65_HS1-834228961_62-HQ-83894_Section_5
Agency: FBI
Page 151
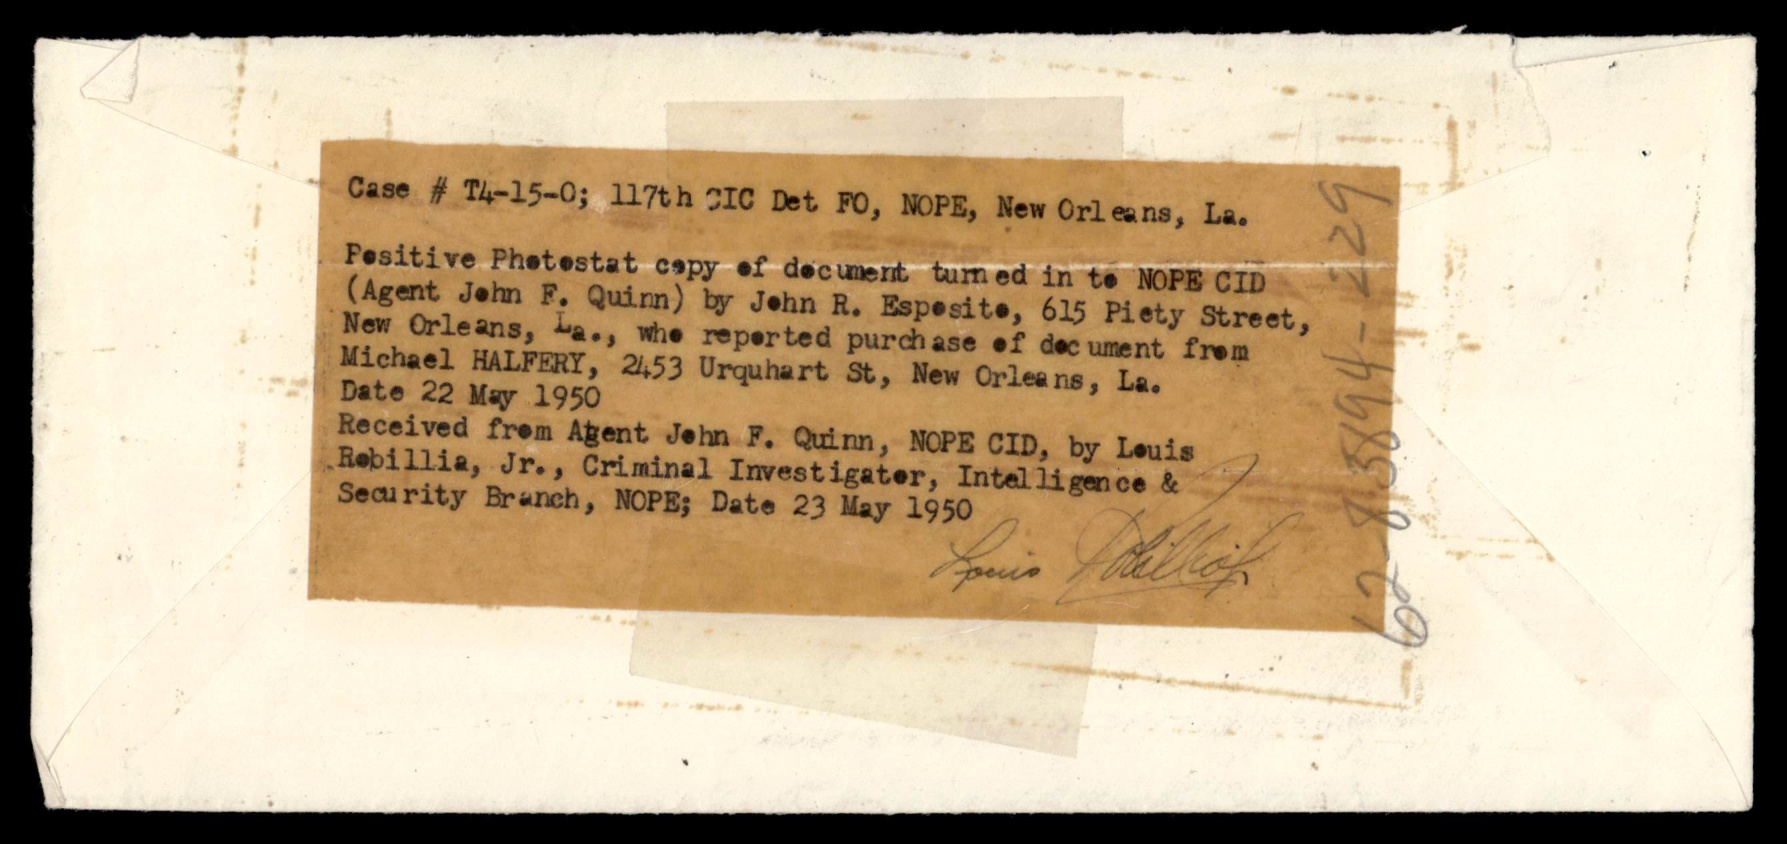